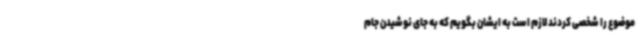
موضوع را شخصی کردند لازم است به ایشان بگویم که به جای نوشیدن جام